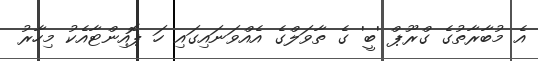
އެ މުބާރާތުގެ ގްރޫޕް 'ބީ' ގެ ތާވަލްގެ އެއްވަނައިގައި ހަ ޕޮއިންޓާއެކު މިހާރު